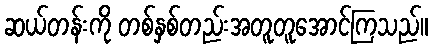
ဆယ်တန်းကို တစ်နှစ်တည်းအတူတူအောင်ကြသည်။